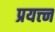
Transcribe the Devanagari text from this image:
प्रयत्त्न